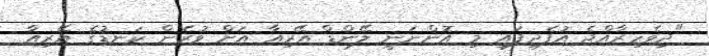
"ދިވެހިރާއްޖެ އުފެދިފައި މި އޮންނަނީ ލޭންޑް އޭރިއާ އަށް ވުރެން ކަނޑުގެ އޭރިއާ